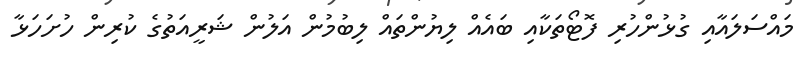
މައްސަލައާއި ގުޅުންހުރި ފޮޓޯތަކާއި ބައެއް ލިޔުންތައް ލިބުމުން އަލުން ޝަރީއަތުގެ ކުރިން ހުށަހަޅާ